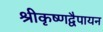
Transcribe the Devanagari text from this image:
श्रीकृष्णद्वैपायन